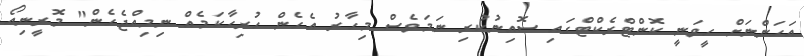
އަހަންނަށް ހީވަނީ ކޮންޓްރެކްޓްގައި ސޮއިނުކުރި ނަމަވެސް މިހާރު އެހެން ހުރިހާކަމެއް ނިމިއްޖެހެން" މޮރީނިއޯ